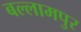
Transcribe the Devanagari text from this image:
बल्लामपुर